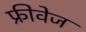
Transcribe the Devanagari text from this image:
फ्रीवेज